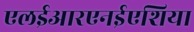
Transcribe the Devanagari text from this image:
एलईआरएनईएशिया